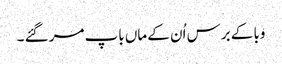
وبا کے برس اُن کے ماں باپ مر گئے ۔